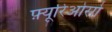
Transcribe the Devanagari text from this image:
फ़्यूरिओसो